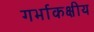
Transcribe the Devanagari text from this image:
गर्भाकक्षीय